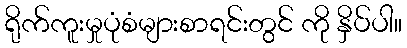
ရိုက်ကူးမှုပုံစံများစာရင်းတွင် ကို နှိပ်ပါ။